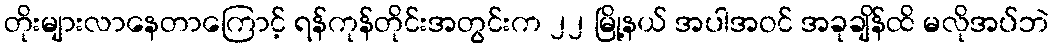
တိုးများလာနေတာကြောင့် ရန်ကုန်တိုင်းအတွင်းက ၂၂ မြို့နယ် အပါအဝင် အခုချိန်ထိ မလိုအပ်ဘဲ